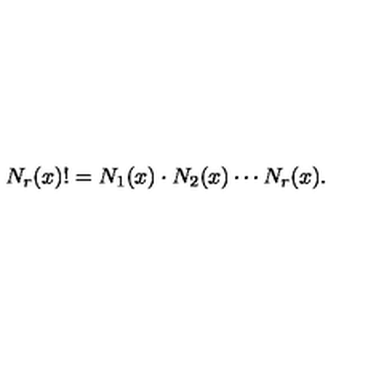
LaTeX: N _ { r } ( x ) ! = N _ { 1 } ( x ) \cdot N _ { 2 } ( x ) \cdots N _ { r } ( x ) .